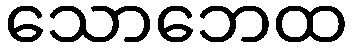
သောဘေထ